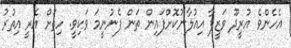
އެހެންވެ އުރީދޫ ވަޒީފާ އިއުލާނުކޮށްފައިން ތަން ފެނުނީމަ ވަކިވީ. ހިތަށް އެރީ އިތުރު